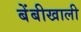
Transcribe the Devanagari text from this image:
बेंबीखाली